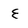
Character: e